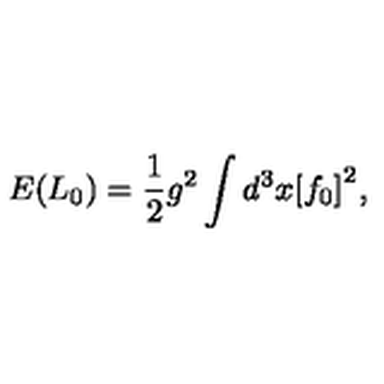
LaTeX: E ( L _ { 0 } ) = \frac { 1 } { 2 } g ^ { 2 } \int d ^ { 3 } x { [ f _ { 0 } ] } ^ { 2 } ,